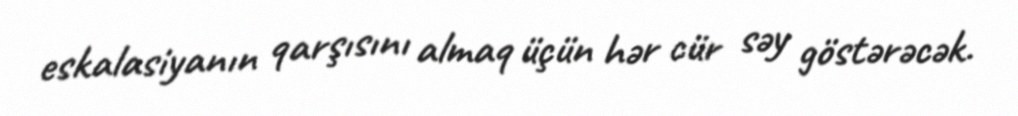
eskalasiyanın qarşısını almaq üçün hər cür səy göstərəcək.